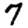
Digit: 7